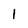
Character: 1